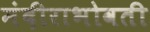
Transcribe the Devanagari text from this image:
मंदीराभोवती